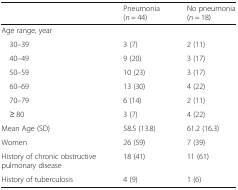
<table><thead><tr><td></td><td><b>Pneumonia (<i>n</i> = 44)</b></td><td><b>No pneumonia (<i>n</i> = 18)</b></td></tr></thead><tbody><tr><td>Age range, year</td><td colspan="2"></td></tr><tr><td> 30–39</td><td>3 (7)</td><td>2 (11)</td></tr><tr><td> 40–49</td><td>9 (20)</td><td>3 (17)</td></tr><tr><td> 50–59</td><td>10 (23)</td><td>3 (17)</td></tr><tr><td> 60–69</td><td>13 (30)</td><td>4 (22)</td></tr><tr><td> 70–79</td><td>6 (14)</td><td>2 (11)</td></tr><tr><td> ≥ 80</td><td>3 (7)</td><td>4 (22)</td></tr><tr><td>Mean Age (SD)</td><td>58.5 (13.8)</td><td>61.2 (16.3)</td></tr><tr><td>Women</td><td>26 (59)</td><td>7 (39)</td></tr><tr><td>History of chronic obstructive pulmonary disease</td><td>18 (41)</td><td>11 (61)</td></tr><tr><td>History of tuberculosis</td><td>4 (9)</td><td>1 (6)</td></tr></tbody></table>